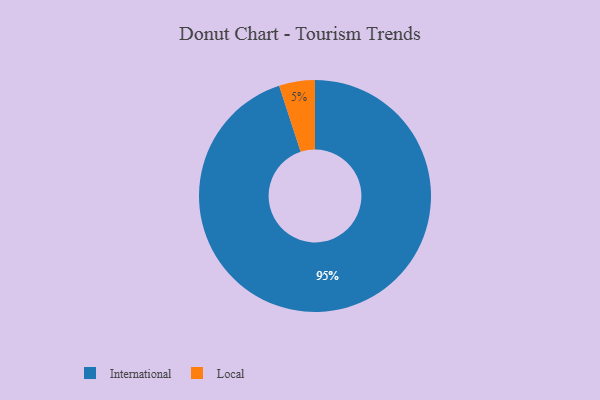
{"axis": {"x": "Category", "y": "Percentage"}, "legend": ["International", "Local"], "data": [{"x": "Local", "y": 5, "type": "Local"}, {"x": "International", "y": 95, "type": "International"}]}